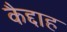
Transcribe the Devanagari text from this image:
कैद्दाह